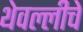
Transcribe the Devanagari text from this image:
थेवल्लीचे